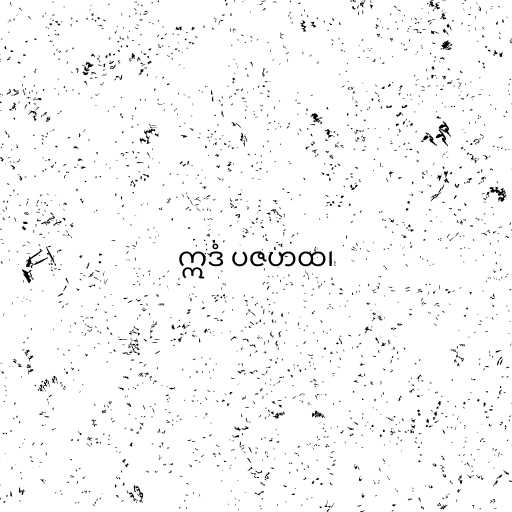
ဣဒံ ပဇဟထ၊